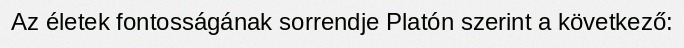
Az életek fontosságának sorrendje Platón szerint a következő: